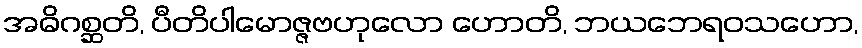
အဓိဂစ္ဆတိ, ပီတိပါမောဇ္ဇဗဟုလော ဟောတိ, ဘယဘေရဝသဟော,